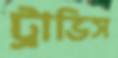
ট্রাভিস